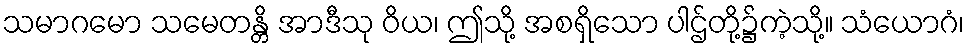
သမာဂမော သမေတန္တိ အာဒီသု ဝိယ၊ ဤသို့ အစရှိသော ပါဌ်တို့၌ကဲ့သို့။ သံယောဂံ၊